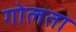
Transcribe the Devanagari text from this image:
गोलता